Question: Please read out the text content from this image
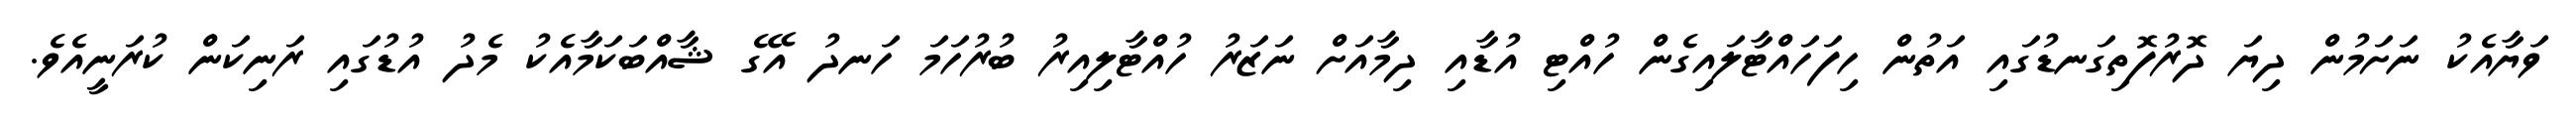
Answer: ވަޔާއެކު ނަށަމުން ދިޔަ ދޮރުފޮތިގަނޑުގައި އަތުން ހިފަހައްޓާލައިގެން ހުއްޓި އުޑާއި ދިމާއަށް ނަޒަރު ހުއްޓާލިއިރު ބުރުހަމަ ހަނދު އޭގެ ޝާއްބަކަމާއެކު މެދު އުޑުގައި ރަނިކަން ކުރަނީއެވެ.